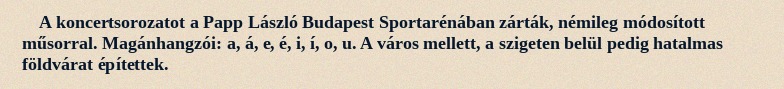
A koncertsorozatot a Papp László Budapest Sportarénában zárták, némileg módosított műsorral. Magánhangzói: a, á, e, é, i, í, o, u. A város mellett, a szigeten belül pedig hatalmas földvárat építettek.